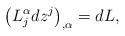
LaTeX: \begin{align*}\left(L^\alpha_j dz^j\right)_{,\alpha}=dL, \end{align*}